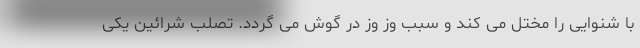
با شنوایی را مختل می کند و سبب وز وز در گوش می گردد. تصلب شرائین یکی